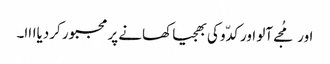
اور مُجے آلو اور کدّو کی بھجیا کھانے پر مجبور کردیاااا۔